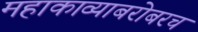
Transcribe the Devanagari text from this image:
महाकाव्याबरोबरच